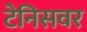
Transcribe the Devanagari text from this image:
टेनिसवर